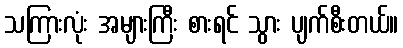
သကြားလုံး အများကြီး စားရင် သွား ပျက်စီးတယ်။